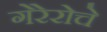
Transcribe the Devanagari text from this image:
गेरेरोचे